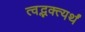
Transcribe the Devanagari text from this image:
त्वद्भक्त्यर्थं